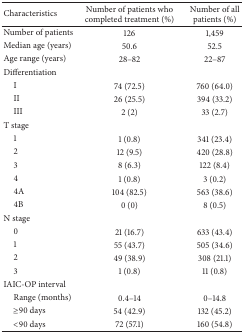
<table><thead><tr><td><b>Characteristics</b></td><td><b>Number of patients who completed treatment (%)</b></td><td><b>Number of all patients (%)</b></td></tr></thead><tbody><tr><td>Number of patients</td><td>126</td><td>1,459</td></tr><tr><td>Median age (years)</td><td>50.6</td><td>52.5</td></tr><tr><td>Age range (years)</td><td>28–82</td><td>22–87</td></tr><tr><td>Differentiation</td><td> </td><td> </td></tr><tr><td> I</td><td>74 (72.5)</td><td>760 (64.0)</td></tr><tr><td> II</td><td>26 (25.5)</td><td>394 (33.2)</td></tr><tr><td> III </td><td>2 (2)</td><td>33 (2.7)</td></tr><tr><td>T stage </td><td> </td><td> </td></tr><tr><td> 1</td><td>1 (0.8)</td><td>341 (23.4)</td></tr><tr><td> 2</td><td>12 (9.5)</td><td>420 (28.8)</td></tr><tr><td> 3</td><td>8 (6.3)</td><td>122 (8.4)</td></tr><tr><td> 4</td><td>1 (0.8)</td><td>3 (0.2)</td></tr><tr><td> 4A</td><td>104 (82.5)</td><td>563 (38.6)</td></tr><tr><td> 4B</td><td>0 (0)</td><td>8 (0.5)</td></tr><tr><td>N stage</td><td> </td><td> </td></tr><tr><td> 0</td><td>21 (16.7)</td><td>633 (43.4)</td></tr><tr><td> 1</td><td>55 (43.7)</td><td>505 (34.6)</td></tr><tr><td> 2</td><td>49 (38.9)</td><td>308 (21.1)</td></tr><tr><td> 3</td><td>1 (0.8)</td><td>11 (0.8)</td></tr><tr><td>IAIC-OP interval </td><td> </td><td> </td></tr><tr><td> Range (months)</td><td>0.4–14</td><td>0–14.8</td></tr><tr><td> ≥90 days</td><td>54 (42.9)</td><td>132 (45.2)</td></tr><tr><td> &lt;90 days</td><td>72 (57.1)</td><td>160 (54.8)</td></tr></tbody></table>